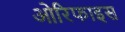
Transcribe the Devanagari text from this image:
ओरिफाइस